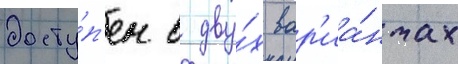
досту́п'ен в дву́х вар'иа́нтах